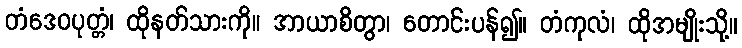
တံဒေဝပုတ္တံ၊ ထိုနတ်သားကို။ အာယာစိတွာ၊ တောင်းပန်၍။ တံကုလံ၊ ထိုအမျိုးသို့။